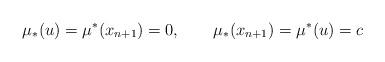
LaTeX: \begin{align*}\mu_*(u)=\mu^*(x_{n+1})=0,\qquad\mu_*(x_{n+1})=\mu^*(u)=c\end{align*}